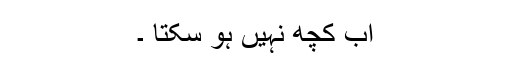
اب کچھ نہیں ہو سکتا ۔